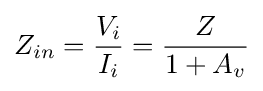
Z_{in}={\frac {V_{i}}{I_{i}}}={\frac {Z}{1+A_{v}}}